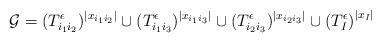
LaTeX: \begin{align*} {\mathcal{G}} = (T_{i_1i_2}^{\epsilon})^{|x_{i_1i_2}|} \cup (T_{i_1i_3}^{\epsilon})^{|x_{i_1i_3}|} \cup (T_{i_2i_3}^{\epsilon})^{|x_{i_2i_3}|} \cup {(T_I^{\epsilon})}^{|x_I|} \end{align*}